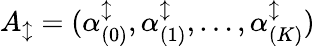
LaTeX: A_{\updownarrow}=(\alpha_{(0)}^{\updownarrow},\alpha_{(1)}^{\updownarrow},\ldots,\alpha_{(K)}^{\updownarrow})